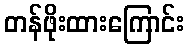
တန်ဖိုးထားကြောင်း